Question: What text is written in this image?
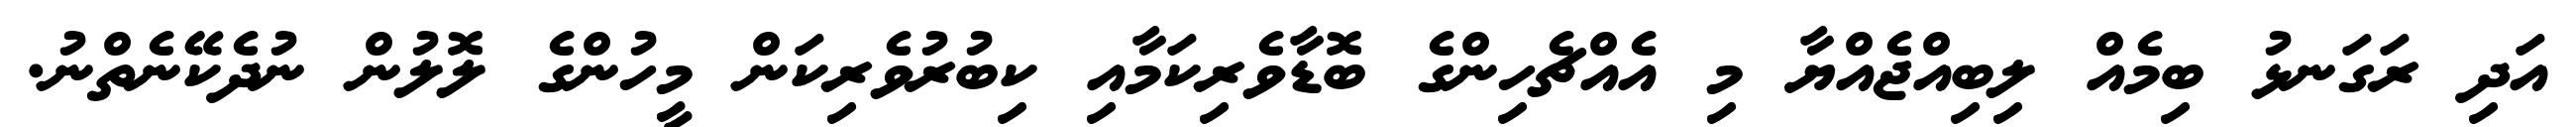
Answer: އަދި ރަގަނޅު ބިމެއް ލިބިއްޖެއްޔާ މި އެއްޗެހިންގެ ބޮޑާވެރިކަމާއި ކިބުރުވެރިކަން މީހުންގެ ލޮލުން ނުދެކޭނެތްނު.